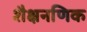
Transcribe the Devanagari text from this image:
शैक्षनणिक